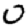
Digit: 0